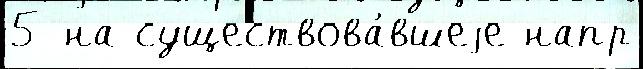
5 на существова́вшеjе напр